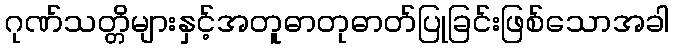
ဂုဏ်သတ္တိများနှင့်အတူဓာတုဓာတ်ပြုခြင်းဖြစ်သောအခါ